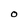
Character: O